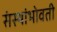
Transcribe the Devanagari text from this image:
संस्थांभोवती